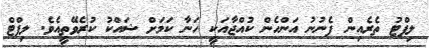
ލިފްޓު ތެރެއިން ފެނުނު އަންހެން ކުއްޖާއަކީ ހަނާ ކަމަށް ޝައްކު ކުރެވޭތީއެވެ. ލިފްޓް